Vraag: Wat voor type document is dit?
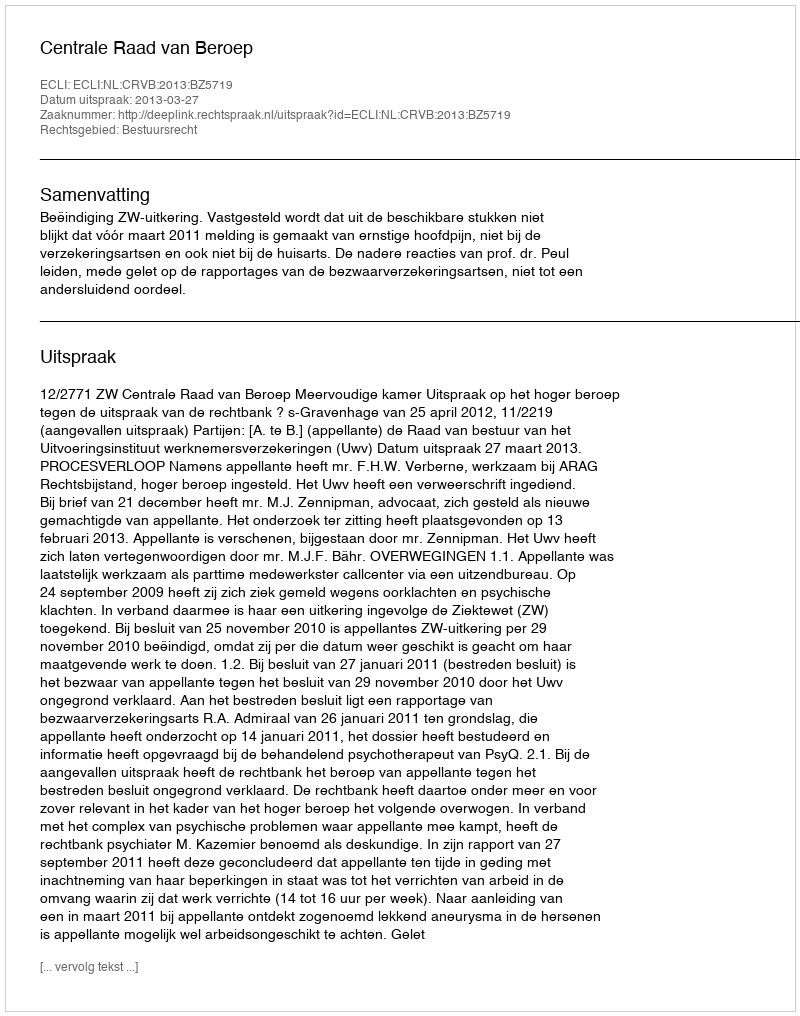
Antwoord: Uitspraak